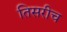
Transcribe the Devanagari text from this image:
तिसरीच